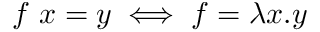
f \ x = y \iff f = \lambda x . y